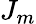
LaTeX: J_{m}